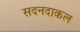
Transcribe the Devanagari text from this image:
सदनदाकल